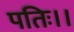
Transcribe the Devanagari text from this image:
पतिः।।